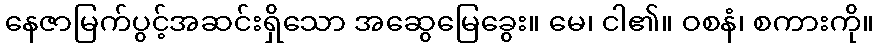
နေဇာမြက်ပွင့်အဆင်းရှိသော အဆွေမြေခွေး။ မေ၊ ငါ၏။ ဝစနံ၊ စကားကို။